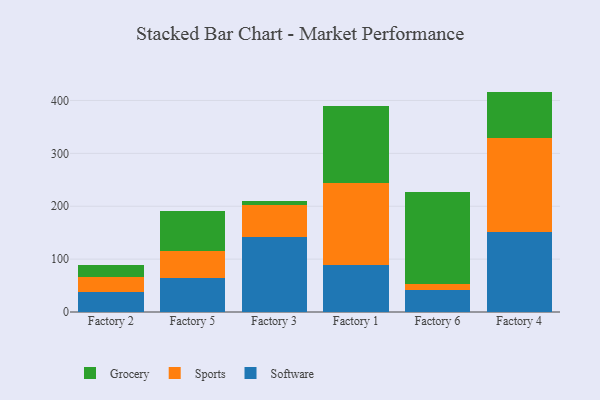
{"axis": {"x": "Factory", "y": "Waste Production (Tons)"}, "legend": ["Grocery", "Software", "Sports"], "data": [{"x": "Factory 2", "y": 37.9, "type": "Software"}, {"x": "Factory 2", "y": 28.1, "type": "Sports"}, {"x": "Factory 2", "y": 22.2, "type": "Grocery"}, {"x": "Factory 5", "y": 63.8, "type": "Software"}, {"x": "Factory 5", "y": 52.4, "type": "Sports"}, {"x": "Factory 5", "y": 75.4, "type": "Grocery"}, {"x": "Factory 3", "y": 142.5, "type": "Software"}, {"x": "Factory 3", "y": 59.6, "type": "Sports"}, {"x": "Factory 3", "y": 7.4, "type": "Grocery"}, {"x": "Factory 1", "y": 88.5, "type": "Software"}, {"x": "Factory 1", "y": 156.2, "type": "Sports"}, {"x": "Factory 1", "y": 144.4, "type": "Grocery"}, {"x": "Factory 6", "y": 41.5, "type": "Software"}, {"x": "Factory 6", "y": 10.7, "type": "Sports"}, {"x": "Factory 6", "y": 174.6, "type": "Grocery"}, {"x": "Factory 4", "y": 150.8, "type": "Software"}, {"x": "Factory 4", "y": 178.3, "type": "Sports"}, {"x": "Factory 4", "y": 87.7, "type": "Grocery"}]}